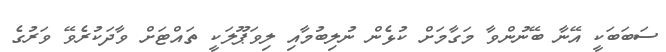
ސަބަބަކީ އޭނާ ބޭނުންވާ މަގާމަށް ކުޅެން ނުލިބުމާއި ލިވަޕޫލަކީ ތައްޓަށް ވާދަކުރެވޭ ވަރުގެ